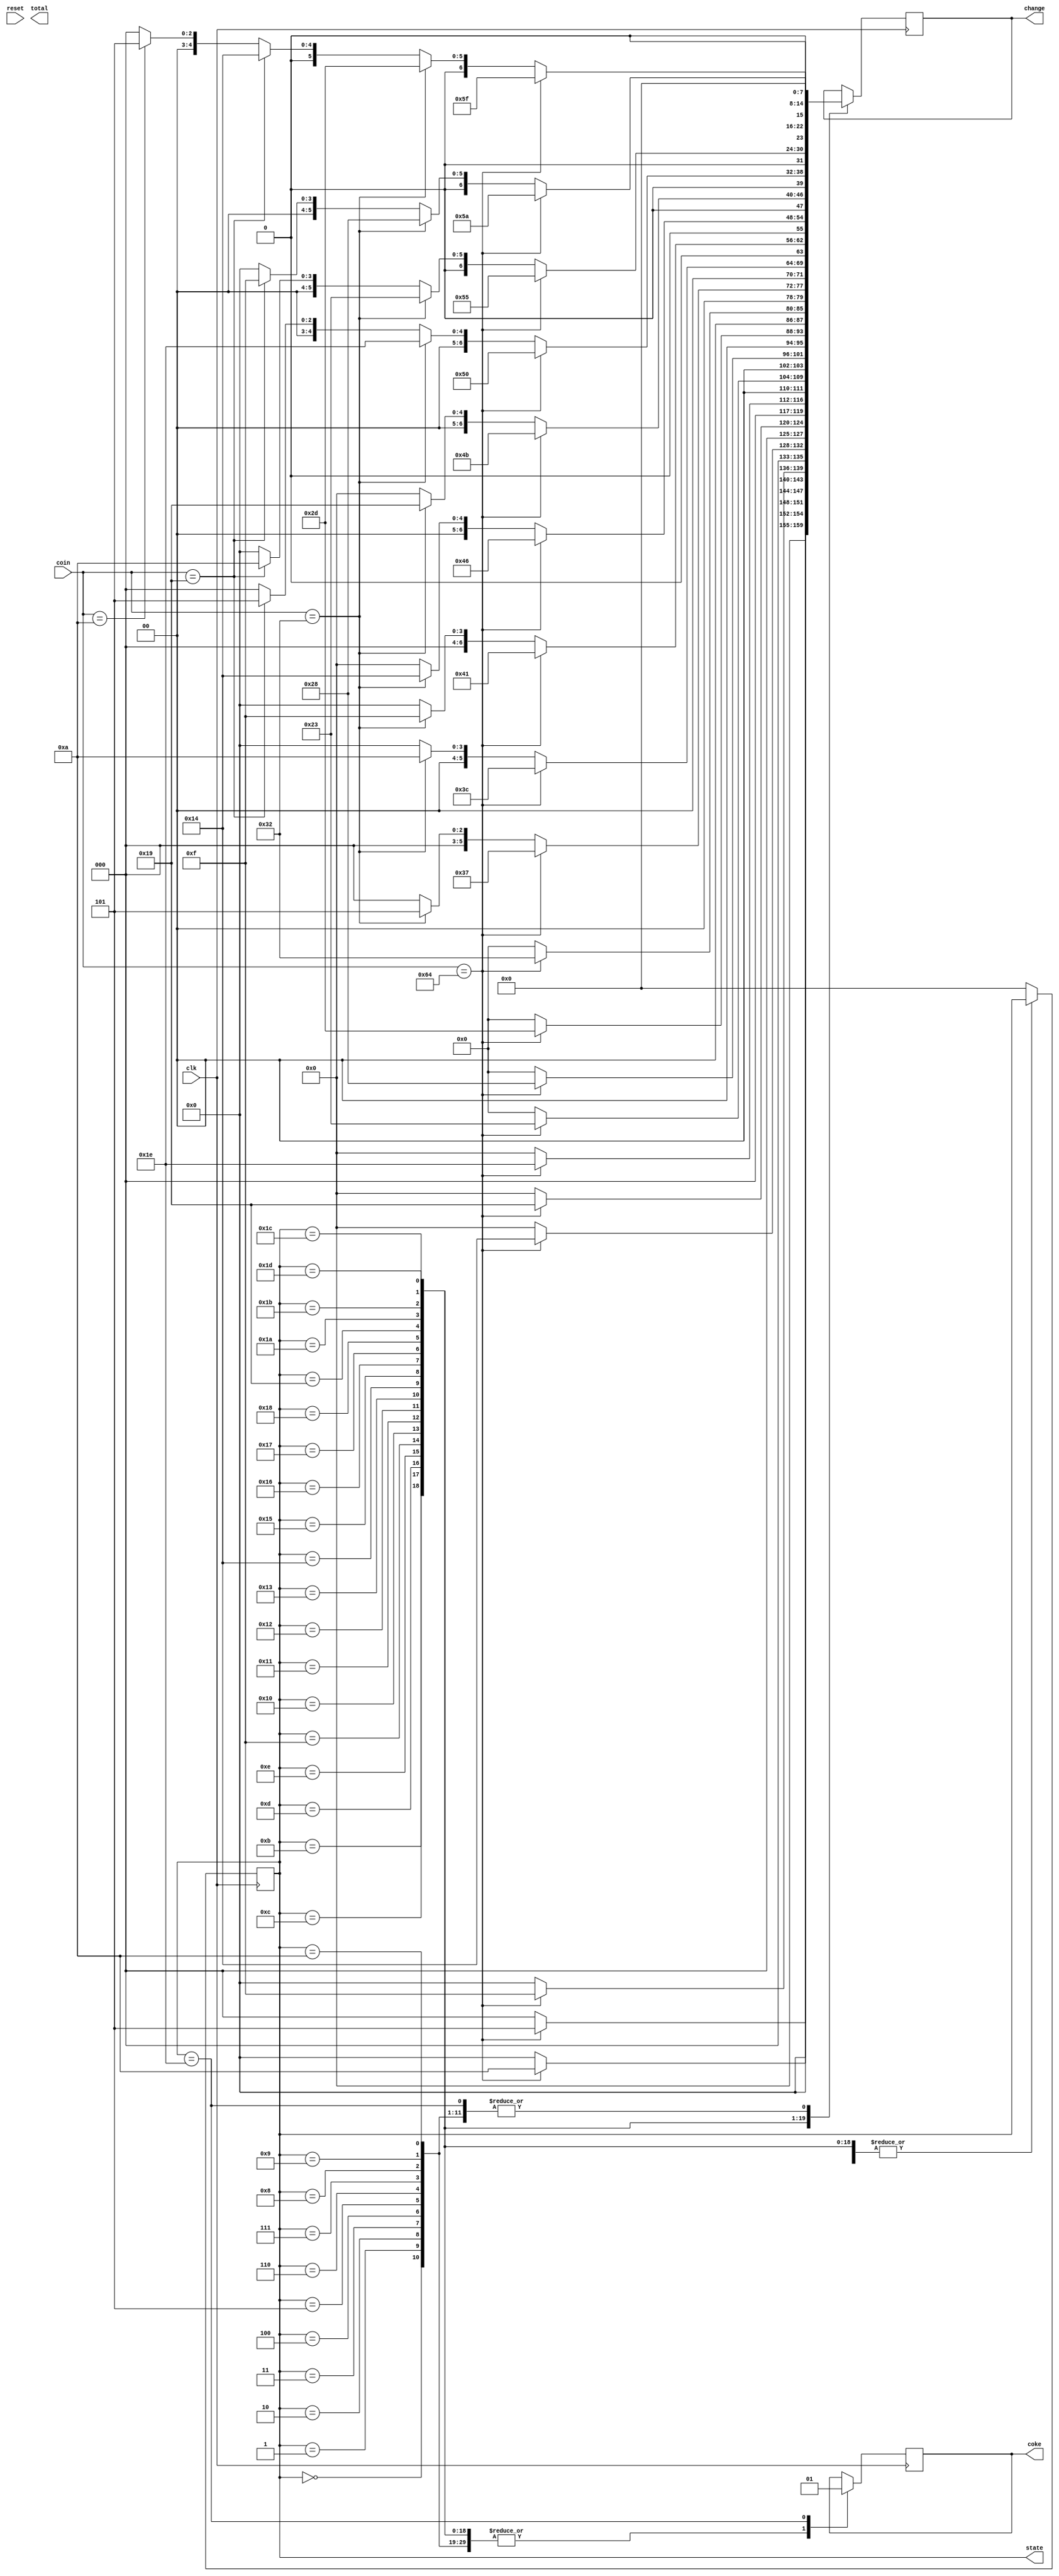
`timescale 1ns / 1ps
//////////////////////////////////////////////////////////////////////////////////
// Company: 
// Engineer: 
// 
// Design Name: 
// Module Name: vending_machine
// Project Name: 
// Target Devices: 
// Tool Versions: 
// Description: 
// 
// Dependencies: 
// 
// Revision:
// Revision 0.01 - File Created
// Additional Comments:
// 
//////////////////////////////////////////////////////////////////////////////////


module vending_machine(

    input clk, reset,
    input [7:0] coin,
    output reg [7:0] change, 
    output reg [7:0] total, 
    output reg [7:0] state,
  //  input coke
    output reg coke
    );
    
    parameter nickel = 8'd05;
    parameter dime = 8'd10;
    parameter quarter = 8'd25;
    parameter half_dollar = 8'd50;
    parameter dollar = 8'd100;
    
    parameter state_0 = 8'd0;
    parameter state_5 = 8'd1;
    parameter state_10 = 8'd2;
    parameter state_15 = 8'd3;
    parameter state_20 = 8'd4;
    parameter state_25 = 8'd5;
    parameter state_30 = 8'd6;
    parameter state_35 = 8'd7;
    parameter state_40 = 8'd8;
    parameter state_45 = 8'd9;
    
    parameter state_50 = 8'd10;
    parameter state_55 = 8'd11;
    parameter state_60 = 8'd12;
    parameter state_65 = 8'd13;
    parameter state_70 = 8'd14;
    parameter state_75 = 8'd15;
    parameter state_80 = 8'd16;
    parameter state_85 = 8'd17;
    parameter state_90 = 8'd18;
    
    parameter state_95 = 8'd19;
    parameter state_100 = 8'd20;
    parameter state_105 = 8'd21;
    parameter state_110 = 8'd22;
    parameter state_115 = 8'd23;
    parameter state_120 = 8'd24;
    parameter state_125 = 8'd25;
    parameter state_130 = 8'd26;
    parameter state_135 = 8'd27;
    
    parameter state_140 = 8'd28;
    parameter state_145 = 8'd29;
    parameter state_150 = 8'd30;
 
    
   // reg [7:0] state;
    reg [7:0] next_state;
//    reg coke;
//    wire [7:0] coin;
	
	
	//reg [7:0] total = 0;
	
    always @(*)
    begin
        
      //  total = 0;
        next_state = 0;
        // coke = 0;
        
        case(state)
       
        state_0: case(coin)
        
            nickel: next_state = state_5;   // 5
            dime:   next_state = state_10;  // 10
            quarter: next_state = state_25; // 25
            half_dollar: next_state = state_50; // 50
            dollar: next_state = state_100; // 100
            default: next_state = state_0;
            
            endcase
        
        state_5: case(coin)
        
            nickel: next_state = state_10;
            dime:   next_state = state_15;
            quarter: next_state = state_30;
            half_dollar: next_state = state_55;
            dollar: next_state = state_105;
            default: next_state = state_5;
            
            endcase
        
        state_10: case(coin)
        
            nickel: next_state = state_15;   
            dime:   next_state = state_20;
            quarter: next_state = state_35;
            half_dollar: next_state = state_60;
            dollar: next_state = state_110;
            default: next_state = state_10;
            
            endcase
         
        state_15: case(coin)
        
            nickel: next_state = state_20;
            dime:   next_state = state_25;
            quarter: next_state = state_40;
            half_dollar: next_state = state_65;
            dollar: next_state = state_115;
            default: next_state = state_15;
            
            endcase
            
        state_20: case(coin)
        
            nickel: next_state = state_25;   // 5
            dime:   next_state = state_30;  // 10
            quarter: next_state = state_45; // 25
            half_dollar: next_state = state_70; // 50
            dollar: next_state = state_120; // 100
            default: next_state = state_20;
            
            endcase
            
        state_25: case(coin)
        
            nickel: next_state = state_30;
            dime:   next_state = state_35;  // 10
            quarter: next_state = state_50; // 25
            half_dollar: next_state = state_75; // 50
            dollar: next_state = state_125; // 100
            default: next_state = state_25;
            
            endcase
            
        state_30: case(coin)
        
            nickel: next_state = state_35;
            dime:   next_state = state_40;  // 10
            quarter: next_state = state_55; // 25
            half_dollar: next_state = state_80; // 50
            dollar: next_state = state_130; // 100
            default: next_state = state_30;
            
            endcase
          
        state_35: case(coin)
        
            nickel: next_state = state_40;
            dime:   next_state = state_45;  // 10
            quarter: next_state = state_60; // 25
            half_dollar: next_state = state_85; // 50
            dollar: next_state = state_135; // 100
            default: next_state = state_35;
            
            endcase
            
        state_40: case(coin)
        
            nickel: next_state = state_45;
            dime:   next_state = state_50;  // 10
            quarter: next_state = state_65; // 25
            half_dollar: next_state = state_90; // 50
            dollar: next_state = state_140; // 100
            default: next_state = state_40;
            
            endcase
            
        state_45: case(coin)
        
            nickel: next_state = state_50;
            dime:   next_state = state_55;  // 10
            quarter: next_state = state_70; // 25
            half_dollar: next_state = state_95; // 50
            dollar: next_state = state_145; // 100
            default: next_state = state_45;
            
            endcase
            
        state_50: case(coin)
        
            nickel: next_state = state_55;
            dime:   next_state = state_60;  // 10
            quarter: next_state = state_75; // 25
            half_dollar: next_state = state_100; // 50
            dollar: next_state = state_150; // 100 
            default: next_state = state_50;
            
            endcase
        
// ----------------------------------------

        state_55: case(coin)
        
            nickel: next_state = state_60;
            dime:   next_state = state_65;  // 10
            quarter: next_state = state_80; // 25
            half_dollar: next_state = state_105; // 50
            dollar: next_state = state_150; // 100 ---------------- change 5
            default: next_state = state_55;
            
            endcase
        
        state_60: case(coin)
        
            nickel: next_state = state_65;
            dime:   next_state = state_70;  // 10
            quarter: next_state = state_85; // 25
            half_dollar: next_state = state_110; // 50
            dollar: next_state = state_150; // 100 ------------------- change 10
            default: next_state = state_60;
            
            endcase
        
        state_65: case(coin)
        
            nickel: next_state = state_70;   
            dime:   next_state = state_75;  // 10
            quarter: next_state = state_90; // 25
            half_dollar: next_state = state_115; // 50
            dollar: next_state = state_150; // 100 ------------------- change 15
            default: next_state = state_65;
            
            endcase
         
        state_70: case(coin)
        
            nickel: next_state = state_75;
            dime:   next_state = state_80;  // 10
            quarter: next_state = state_95; // 25
            half_dollar: next_state = state_120; // 50
            dollar: next_state = state_150; // 100 ------------------- change 20
            default: next_state = state_70;
            
            endcase
            
        state_75: case(coin)
        
            nickel: next_state = state_80;
            dime:   next_state = state_85;  // 10
            quarter: next_state = state_100; // 25
            half_dollar: next_state = state_125; // 50
            dollar: next_state = state_150; // 100 ------------------- change 25
            default: next_state = state_75;
            
            endcase
            
        state_80: case(coin)
        
            nickel: next_state = state_85;
            dime:   next_state = state_90;  // 10
            quarter: next_state = state_105; // 25
            half_dollar: next_state = state_130; // 50
            dollar: next_state = state_150; // 100 ------------------- change 30
            default: next_state = state_80;
            
            endcase
            
        state_85: case(coin)
        
            nickel: next_state = state_90;
            dime:   next_state = state_95;  // 10
            quarter: next_state = state_110; // 25
            half_dollar: next_state = state_135; // 50
            dollar: next_state = state_150; // 100 ------------------- change 35
            default: next_state = state_85;
            
            endcase
          
        state_90: case(coin)
        
            nickel: next_state = state_95;
            dime:   next_state = state_100;  // 10
            quarter: next_state = state_115; // 25
            half_dollar: next_state = state_140; // 50
            dollar: next_state = state_150; // 100 ------------------- change 40
            default: next_state = state_90;
            
            endcase
            
        state_95: case(coin)
        
            nickel: next_state = state_100;
            dime:   next_state = state_105;  // 10
            quarter: next_state = state_120; // 25
            half_dollar: next_state = state_145; // 50
            dollar: next_state = state_150; // 100 ------------------- change 45
            default: next_state = state_95;
            
            endcase
            
        state_100: case(coin)
        
            nickel: next_state = state_105;
            dime:   next_state = state_110;  // 10
            quarter: next_state = state_125; // 25
            half_dollar: next_state = state_150; // 50
            dollar: next_state = state_150; // 100 ------------------- change 50
            default: next_state = state_100;
            
            endcase
            
        state_105: case(coin)
        
            nickel: next_state = state_110;
            dime:   next_state = state_115;  // 10
            quarter: next_state = state_130; // 25
            half_dollar: next_state = state_150; // 50 --------------- change 5
            dollar: next_state = state_150; // 100 ------------------- change 55
            default: next_state = state_105;
            
            endcase
            
//---------------------------------------------------
        state_110: case(coin)
        
            nickel: next_state = state_115;
            dime:   next_state = state_120;  // 10
            quarter: next_state = state_135; // 25
            half_dollar: next_state = state_150; // 50 --------------- change 10
            dollar: next_state = state_150; // 100 ------------------- change 60
            default: next_state = state_110;
            
            endcase
        
        state_115: case(coin)
        
            nickel: next_state = state_120;
            dime:   next_state = state_125;  // 10
            quarter: next_state = state_140; // 25
            half_dollar: next_state = state_150; // 50 --------------- change 15
            dollar: next_state = state_150; // 100 ------------------- change 65
            default: next_state = state_115;
            
            endcase
        
        state_120: case(coin)
        
            nickel: next_state = state_125;   
            dime:   next_state = state_130;  // 10
            quarter: next_state = state_145; // 25
            half_dollar: next_state = state_150; // 50 --------------- change 20
            dollar: next_state = state_150; // 100 ------------------- change 70
            default: next_state = state_120;
            
            endcase
         
        state_125: case(coin)
        
            nickel: next_state = state_130;
            dime:   next_state = state_135;  // 10
            quarter: next_state = state_150; // 25
            half_dollar: next_state = state_150; // 50 --------------- change 25
            dollar: next_state = state_150; // 100 ------------------- change 75
            default: next_state = state_125;
            
            endcase
            
        state_130: case(coin)
        
            nickel: next_state = state_135;
            dime:   next_state = state_140;  // 10
            quarter: next_state = state_150; // 25  ------------------ change 5
            half_dollar: next_state = state_150; // 50 --------------- change 30
            dollar: next_state = state_150; // 100 ------------------- change 80
            default: next_state = state_130;
            
            endcase
            
        state_135: case(coin)
        
            nickel: next_state = state_140;
            dime:   next_state = state_145;  // 10
            quarter: next_state = state_150; // 25  ------------------ change 10
            half_dollar: next_state = state_150; // 50 --------------- change 35
            dollar: next_state = state_150; // 100 ------------------- change 85
            default: next_state = state_135;
            
            endcase
            
        state_140: case(coin)
        
            nickel: next_state = state_145;
            dime:   next_state = state_150;  // 10
            quarter: next_state = state_150; // 25  ------------------ change 15
            half_dollar: next_state = state_150; // 50 --------------- change 40
            dollar: next_state = state_150; // 100 ------------------- change 90
            default: next_state = state_140;
            
            endcase
          
        state_145: case(coin)
        
            nickel: next_state = state_150;
            dime:   next_state = state_150;  // 10  ------------------ change 5
            quarter: next_state = state_150; // 25  ------------------ change 20
            half_dollar: next_state = state_150; // 50 --------------- change 45
            dollar: next_state = state_150; // 100 ------------------- change 95
            default: next_state = state_145;
            
            endcase
                     
            
        state_150: 
        
            next_state = state_0;

            default: next_state = state_0;
            
            endcase
        
 
     end 
  
     
     
    // =========================================================================================================================== 
    // =========================================================================================================================== 
    // =========================================================================================================================== 
     
     always @(posedge clk)
	begin
		if(reset)
			begin
				state <= state_0;	
				coke <= 0;	
				change <= 0;				
			end
		else
			state <= next_state;				
	
	
	
     case(state) 
        state_0:
            begin
                coke = 1'b0;
                change = 4'd00;
            end
        
        state_5:
            begin
                coke = 1'b0;
                change = 4'd00;
            end
            
        state_10:
            begin
                coke = 1'b0;
                change = 4'd00;
            end
            
        state_15:
            begin
                coke = 1'b0;
                change = 4'd00;
            end
            
        state_20:
            begin
                coke = 1'b0;
                change = 4'd00;
            end
        
        state_25:
            begin
                coke = 1'b0;
                change = 4'd00;
            end
            
        state_30:
            begin
                coke = 1'b0;
                change = 4'd00;
            end
            
        state_35:
            begin
                coke = 1'b0;
                change = 4'd00;
            end
            
        state_40:
            begin
                coke = 1'b0;
                change = 4'd00;
            end
        
        state_45:
            begin
                coke = 1'b0;
                change = 4'd00;
            end
            
        state_50:
            begin           
            coke = 0;
            change = 0;
//                if (coin == dollar)
//                    coke = 1'b1;
//                else
//                    coke = 1'b0;
                    
                
            end
   // -----------------------------------------------------
       
        state_55:
            begin
             coke = 0;
                if (coin == dollar)
                    begin
               //     coke = 1'b1;
                    change = 5;
                    end
                else
                    begin
                //    coke = 1'b0;
                    change = 0;
                    end
            end
        
        state_60:
             begin
              coke = 0;
                if (coin == dollar)
                    begin
                //    coke = 1'b1;
                    change = 10;
                    end
                else
                    begin
                  //  coke = 1'b0;
                    change = 0;
                    end
            end
            
        state_65:
             begin
              coke = 0;
                if (coin == dollar)
                    begin
                //    coke = 1'b1;
                    change = 15;
                    end
                else
                    begin
                //    coke = 1'b0;
                    change = 0;
                    end
            end
            
        state_70:
             begin
              coke = 0;
                if (coin == dollar)
                    begin
                //    coke = 1'b1;
                    change = 20; //dime + dime;
                    end
                else
                    begin
               //     coke = 1'b0;
                    change = 0;
                    end
            end
            
        state_75:
             begin
              coke = 0;
                if (coin == dollar)
                    begin
                   // coke = 1'b1;
                    change = 25; //quarter;
                    end
                else
                    begin
                //    coke = 1'b0;
                    change = 0;
                    end
            end
        
        state_80:
             begin
              coke = 0;
                if (coin == dollar)
                    begin
                  //  coke = 1'b1;
                    change = 30; //nickel + quarter;
                    end
                else
                    begin
                 //   coke = 1'b0;
                    change = 0;
                    end
            end
            
        state_85:
             begin
              coke = 0;
                if (coin == dollar)
                    begin
                  //  coke = 1'b1;
                    change = 35; //dime + quarter;
                    end
                else
                    begin
                  //  coke = 1'b0;
                    change = 0;
                    end
            end

            
        state_90:
             begin
              coke = 0;
                if (coin == dollar)
                    begin
                  //  coke = 1'b1;
                    change = 40; //half_dollar - dime;
                    end
                else
                    begin
                //    coke = 1'b0;
                    change = 0;
                    end
            end
            
        state_95:
             begin
             coke = 0;
                if (coin == dollar)
                    begin
                  //  coke = 1'b1;
                    change = 45; //quarter + dime + dime;
                    end
                else
                    begin
                 //   coke = 1'b0;
                    change = 0;
                    end
            end
        
        state_100:
             begin
             coke = 0;
                if (coin == dollar)
                    begin
               //     coke = 1'b1;
                    change = 50;
                    end
                
                else
                    begin
               //     coke = 1'b0;
                    change = 0;
                    end
            end
            
  // -------------------------------------------------------------
            
        state_105:
            begin
            coke = 0;
                if (coin == dollar)
                    begin
                 //   coke = 1'b1;
                    change =55; // half_dollar - nickel;
                    end
                else if (coin == half_dollar)
                    begin
                 //   coke = 1'b1;
                    change = 5;
                    end
                else
                    begin
                 //   coke = 1'b0;
                    change = 0;
                    end
            end
            
        state_110:
            begin
            coke = 0;
                if (coin == dollar)
                    begin
                //    coke = 1'b1;
                    change = 60;
                    end
                else if (coin == half_dollar)
                    begin
                  //  coke = 1'b1;
                    change = 10; //dime;
                    end
                else
                    begin
                 //   coke = 1'b0;
                    change = 0;
                    end
            end
        
        state_115:
            begin
            coke = 0;
                if (coin == dollar)
                    begin
                //    coke = 1'b1;
                    change = 65; //half_dollar + nickel + dime;
                    end
                else if (coin == half_dollar)
                    begin
                  //  coke = 1'b1;
                    change = 15; //nickel + dime;
                    end
                else
                    begin
                 //   coke = 1'b0;
                    change = 0;
                    end
            end
            
        state_120:
            begin
            coke = 0;
                if (coin == dollar)
                    begin
                   // coke = 1'b1;
                    change = 70; //half_dollar + dime + dime;
                    end
                else if (coin == half_dollar)
                    begin
                 //   coke = 1'b1;
                    change = 20; //dime + dime;
                    end
                else
                    begin
                   // coke = 1'b0;
                    change = 0;
                    end
            end
            
        state_125:
            begin
            coke = 0;
                if (coin == dollar)
                    begin
                 //   coke = 1'b1;
                    change = 75; //half_dollar + quarter;
                    end
                else if (coin == half_dollar)
                    begin
                //    coke = 1'b1;
                    change = 25;
                    end

                else
                    begin
                  //  coke = 1'b0;
                    change = 0;
                    end
            end
            
        state_130:
            begin
            coke = 0;
                if (coin == dollar)
                    begin
                  //  coke = 1'b1;
                    change = 80; //half_dollar + quarter + nickel;
                    end
                else if (coin == half_dollar)
                    begin
                  //  coke = 1'b1;
                    change = 30; //quarter + nickel;
                    end
                else if (coin == quarter)
                    begin
                //    coke = 1'b1;
                    change = 5; //nickel;
                    end
                else
                    begin
                 //   coke = 1'b0;
                    change = 0;
                    end
            end
        
        state_135:
            begin
            coke = 0;
                if (coin == dollar)
                    begin
                  //  coke = 1'b1;
                    change = 85; //half_dollar + quarter + dime;
                    end
                else if (coin == half_dollar)
                    begin
                //    coke = 1'b1;
                    change = 35; //quarter + dime;
                    end
                else if (coin == quarter)
                    begin
                  //  coke = 1'b1;
                    change = 10; // dime;
                    end
                else
                    begin
                  //  coke = 1'b0;
                    change = 0;
                    end
            end
            
        state_140:
            begin
            coke = 0;
                if (coin == dollar)
                    begin
                   // coke = 1'b1;
                    change = 90; // half_dollar + quarter + dime + nickel;
                    end
                else if (coin == half_dollar)
                    begin
                 //   coke = 1'b1;
                    change = 40; //quarter + dime + nickel;
                    end
                else if (coin == quarter)
                    begin
                 //   coke = 1'b1;
                    change = 15; //dime + nickel;
                    end

                else
                    begin
                  //  coke = 1'b0;
                    change = 0;
                    end
            end
            
        state_145:
            begin
            coke = 0;
                if (coin == dollar)
                    begin
                //    coke = 1'b1;
                    change = 95; // dollar - nickel;
                    end
                else if (coin == half_dollar)
                    begin
                   // coke = 1'b1;
                    change = 45; //half_dollar - nickel;
                    end
                else if (coin == quarter)
                    begin
                  //  coke = 1'b1;
                    change = 20; //dime + dime;
                    end
                else if (coin == dime)
                    begin
                 //   coke = 1'b1;
                    change = 5; //nickel;
                    end
                else
                    begin
                 //   coke = 1'b0;
                    change = 0;
                    end
            end

        state_150:
            begin
                coke <= 1;
                change <= 0;
            end
        default: state = state_0;
      endcase
      
      end
      
      
     endmodule